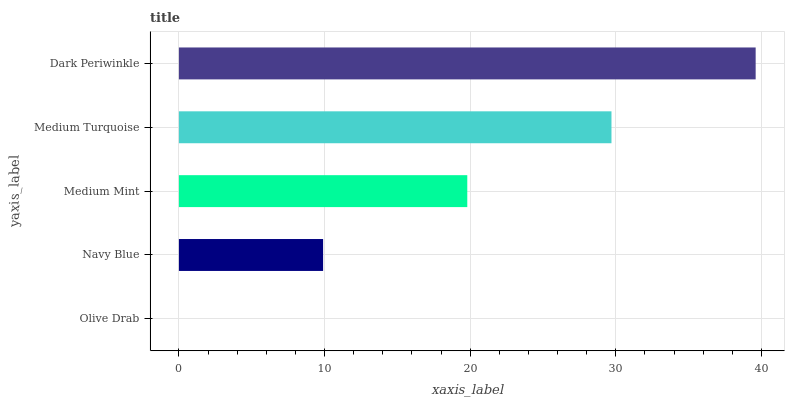
| yaxis_label | bars |
 | --- | --- |
 | Olive Drab | 0 |
 | Navy Blue | 9.9 |
 | Medium Mint | 19.8 |
 | Medium Turquoise | 29.7 |
 | Dark Periwinkle | 39.6 |